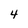
Character: 4